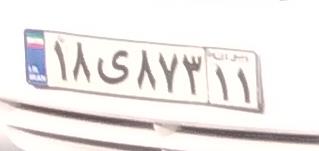
۱۸ی۸۷۳۱۱